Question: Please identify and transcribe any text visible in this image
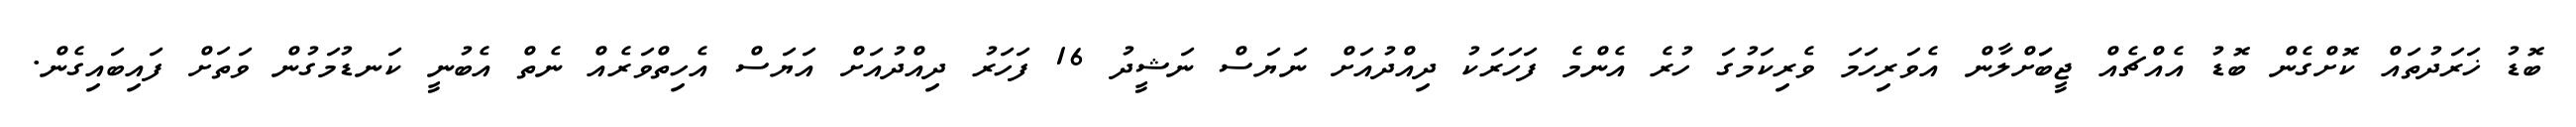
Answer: ބޮޑު ޚަރަދުތައް ކޮށްގެން ބޮޑު އެއްޗެއް ޖީބަަށްލާން އެވަރިހަމަ ވެރިކަމުގަ ހުރެ އެންމެ ފަހަރަކު ދިއްދުއަށް ނަޔަސް ނަޝީދު 16 ފަހަރު ދިއްދުއަށް އަޔަސް އެހިތްވަރެއް ނެތް އެބުނީ ކަނޑުމަގުން ވަތަށް ފައިބައިގެން.